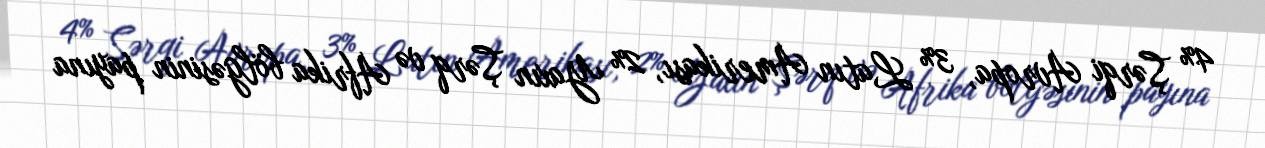
4% Şərqi Avropa, 3% Latın Amerikası, 2% Yaxın Şərq və Afrika bölgəsinin payına